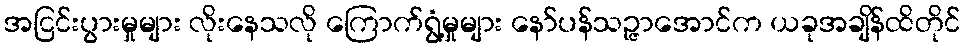
အငြင်းပွားမှုများ လိုးနေသလို ကြောက်ရွံ့မှုများ နော်ပန်သဉ္ဇာအောင်က ယခုအချိန်ထိတိုင်